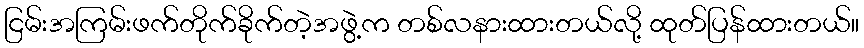
ငြမ်းအကြမ်းဖက်တိုက်ခိုက်တဲ့အဖွဲ့က တစ်လနားထားတယ်လို့ ထုတ်ပြန်ထားတယ်။